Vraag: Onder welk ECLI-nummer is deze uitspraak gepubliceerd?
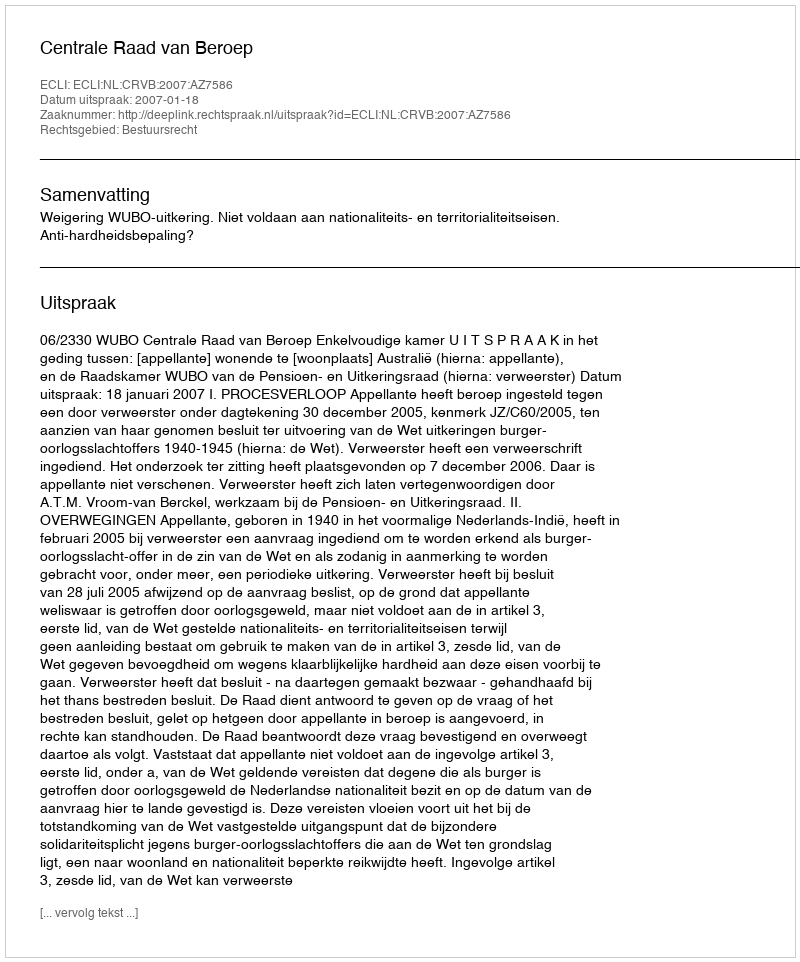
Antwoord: ECLI:NL:CRVB:2007:AZ7586